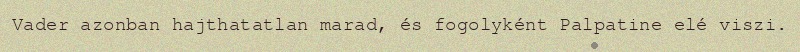
Vader azonban hajthatatlan marad, és fogolyként Palpatine elé viszi.